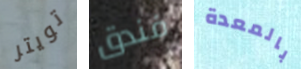
تويتر فندق بالمعدة